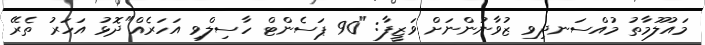
މައުލޫމާތު މުއްސަނދިވި ޒުވާނުންނަށް ވަޒީފާ: "90 ޕަސެންޓް ހާސިލްވި އަހަރެއް"ދޮޅު އަހަރު ތެރޭ